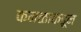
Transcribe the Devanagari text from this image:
कमळाकडून